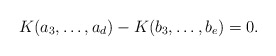
\begin{align*} K(a_3,\ldots,a_d)-K(b_3,\ldots,b_e)=0. \end{align*}